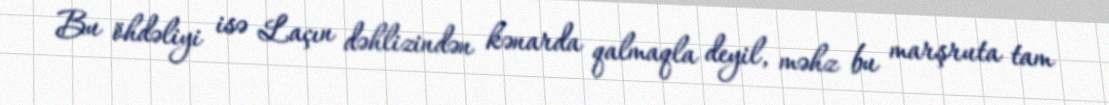
Bu öhdəliyi isə Laçın dəhlizindən kənarda qalmaqla deyil, məhz bu marşruta tam